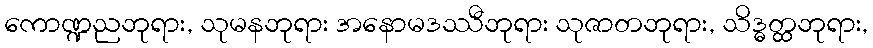
ကောဏ္ဍညဘုရား, သုမနဘုရား အနောမဒဿီဘုရား သုဇာတဘုရား, သိဒ္ဓတ္ထဘုရား,